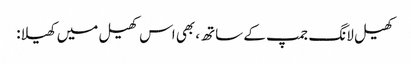
کھیل لانگ جمپ کے ساتھ، بھی اس کھیل میں کھیلا: